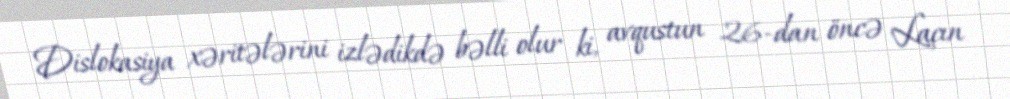
Dislokasiya xəritələrini izlədikdə bəlli olur ki, avqustun 26-dan öncə Laçın